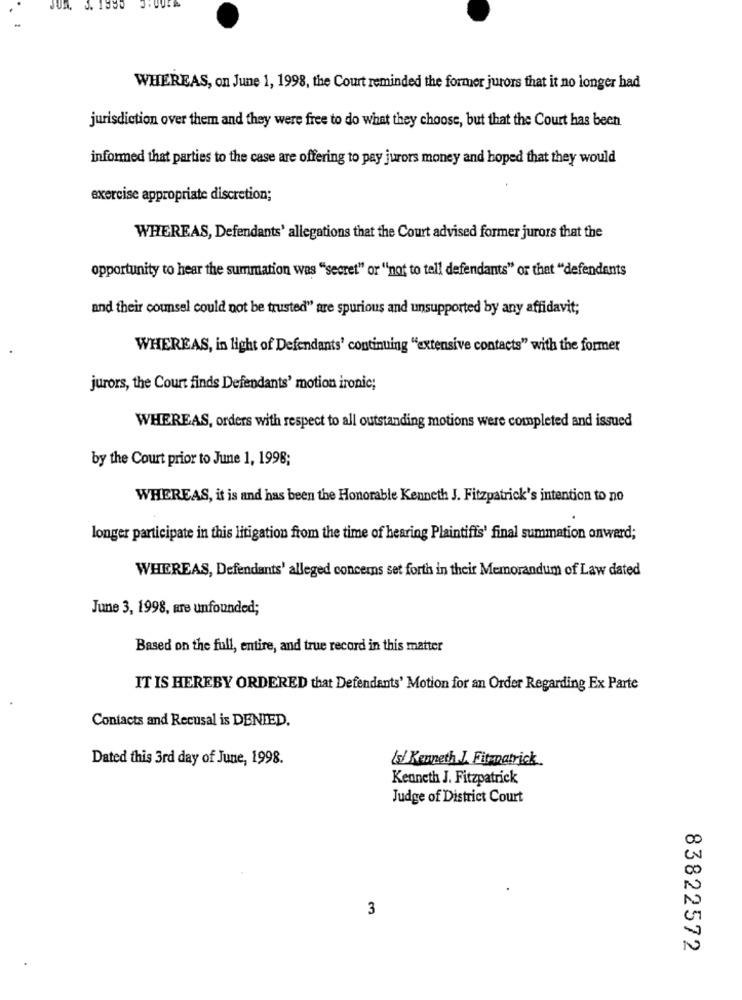
WHEREAS, on June 1, 1998, the Court reminded the former jurors that it no longer had
jurisdiction over them and they were free to do what they choose, but that the Court has been
informed that parties to the case are offering to pay jurors money and hoped that they would
exercise appropriate discretion;
WHEREAS, Defendants' allegations that the Court advised former jurors that the
opportunity to hear the summation was "secret" or "'not to tell defendants" or that "defendants
and their counsel could not be trusted" are spurious and unsupported by any affidavit;
WHEREAS, in light of Defendants' continuing "extensive contacts" with the former
jurors, the Court finds Defendants' motion ironic;
WHEREAS, orders with respect to all outstanding motions were completed and issued
by the Court prior to June 1, 1998;
WHEREAS, it is and has been the Honorable Kenneth J. Fitzpatrick's intention to no
longer participate in this litigation from the time of hearing Plaintiffs' final summation onward;
WHEREAS, Defendants' alleged concerns set forth in their Memorandum of Law dated
June 3, 1998, are unfounded;
Based on the full, entire, and true record in this matter
IT IS HEREBY ORDERED that Defendants' Motion for an Order Regarding Ex Parte
Contacts and Recusal is DENIED.
Dated this 3rd day of June, 1998.
/s/ Kenneth J. Fitzpatrick.
Kenneth J. Fitzpatrick
Judge of District Court
3
83822572